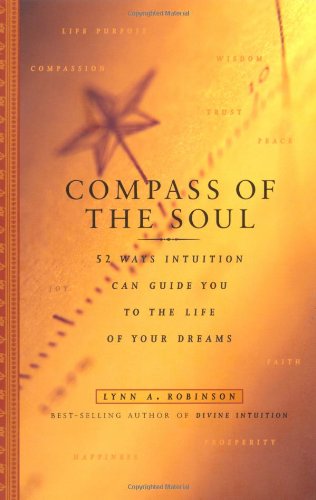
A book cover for Compass Of The Soul: 52 Ways Intuition Can Guide You To The Life Of Your Dreams; Lynn A. Robinson; Self-Help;